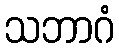
သဘာဂံ